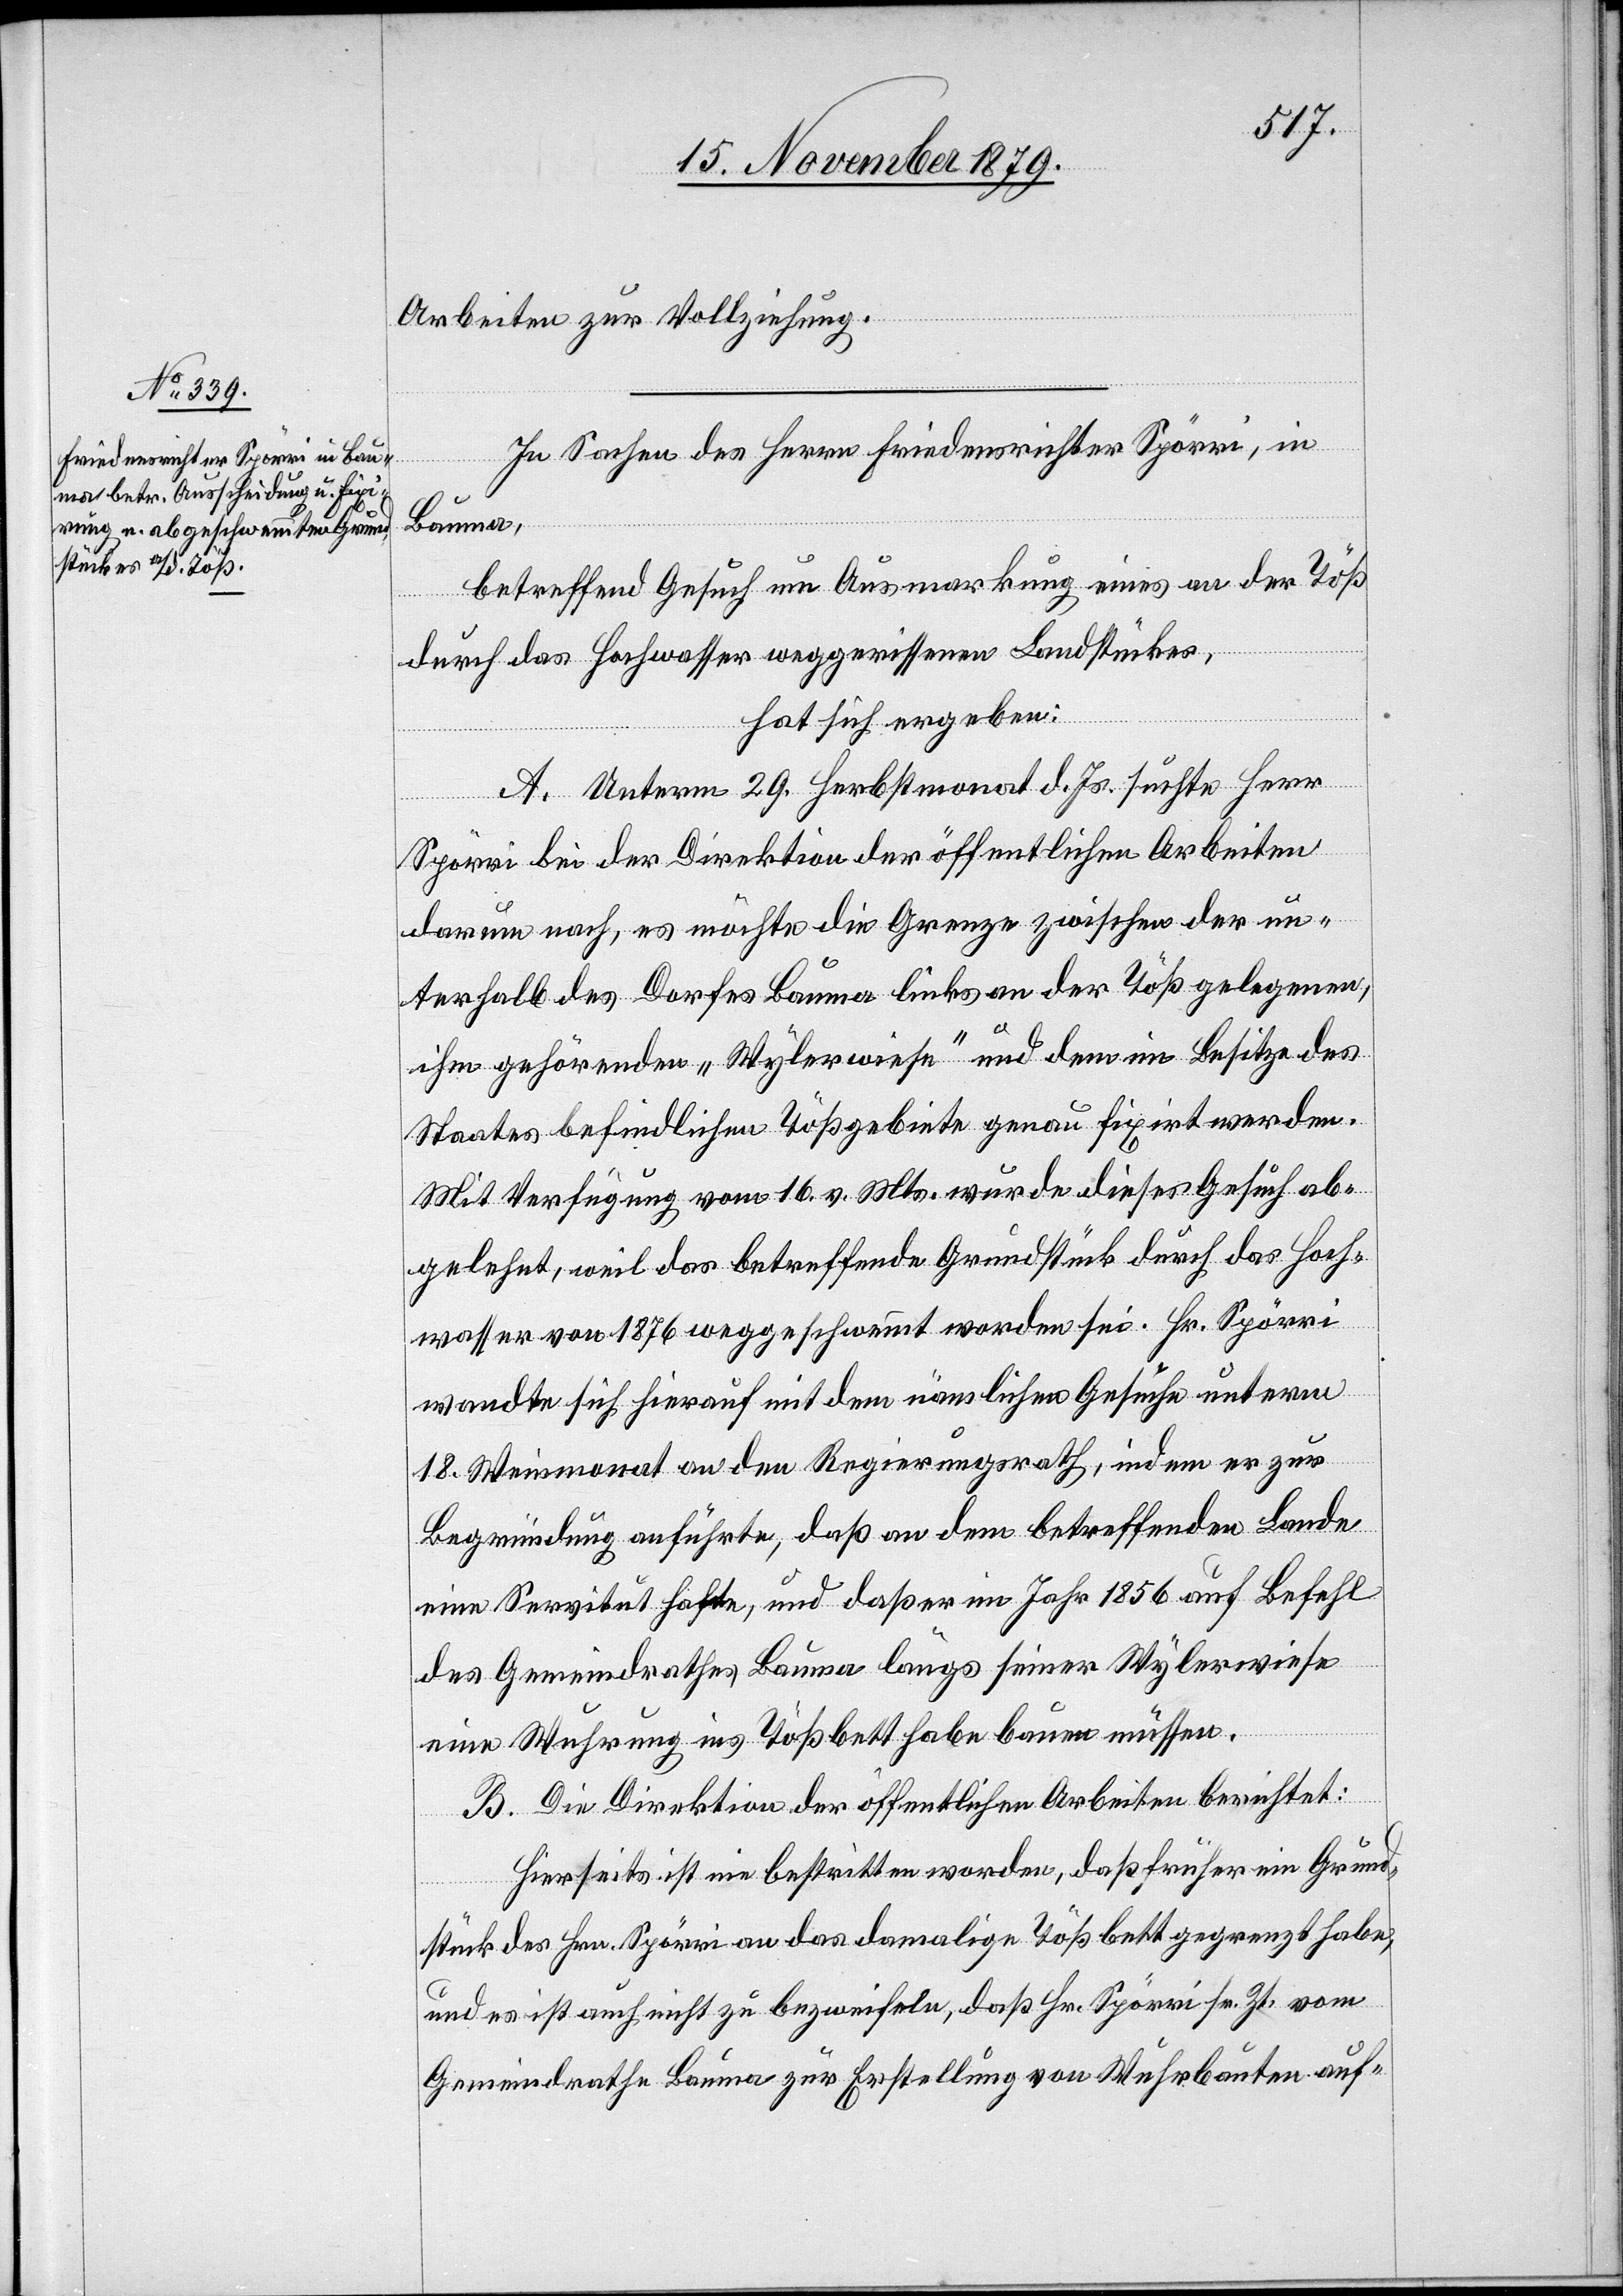
Arbeiten zur Vollziehung.
In Sachen des Herrn Friedensrichter Spörri, in
Bauma,
betreffend Gesuch um Ausmarkung eines an der Töß
durch das Hochwasser weggerissenen Landstückes,
hat sich ergeben:
A. Unterm 29. Herbstmonat d. Js. suchte Herr
Spörri bei der Direktion der öffentlichen Arbeiten
darum nach, es möchte die Grenze zwischen der un¬
terhalb des Dorfes Bauma links an der Töß gelegenen,
ihm gehörenden „Wylerwiese“ und dem im Besitze des
Staates bedindlichen Tößgebiete genau fixirt werden.
Mit Verfügung vom 16. v. Mts. wurde dieses Gesuch ab¬
gelegt, weil das betreffende Grundstück durch das Hoch¬
wasser von 1876 weggeschwemmt worden sei. Hr. Spörri
wandte sich hierauf mit dem nämlichen Gesuche unterm
18. Weinmonat an den Regierungsrath, indem er zur
Begründung anführte, daß an dem betreffenden Lande
eine Servitut hafte, und daß er im Jahr 1856 auf Befehl
des Gemeindrathes Bauma längs seiner Wylerwiese
eine Wuhrung ins Tößbett habe bauen müssen.
B. Die Direktion der öffentlichen Arbeiten berichtet:
Hierseits ist nie bestritten worden, daß früher ein Grund¬
stück des Hrn. Spörri an das damalige Tößbett gegrenzt habe,
und es ist auch nicht zu bezweifeln, daß Hr. Spörri sr. Zt. vom
Gemeindrathe Bauma zur Erstellung von Wuhrbauten auf-